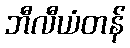
ဘီလီယံတန်